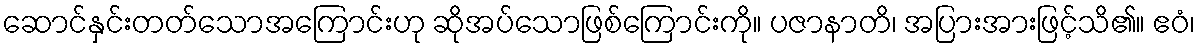
ဆောင်နှင်းတတ်သောအကြောင်းဟု ဆိုအပ်သောဖြစ်ကြောင်းကို။ ပဇာနာတိ၊ အပြားအားဖြင့်သိ၏။ ဧဝံ၊